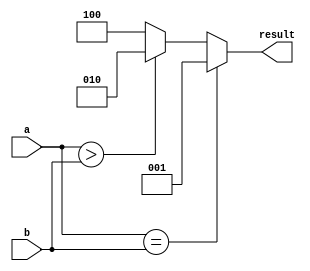
module signed_comparator (
    input signed [7:0] a,
    input signed [7:0] b,
    output reg [2:0] result
);

always @ (*) begin
    if (a == b) begin
        result = 3'b001; // a = b
    end else if (a > b) begin
        result = 3'b010; // a > b
    end else begin
        result = 3'b100; // a < b
    end
end

endmodule